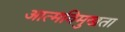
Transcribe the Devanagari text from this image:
आत्मविमुखता